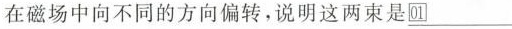
在磁场中向不同的方向偏转，说明这两束是①___